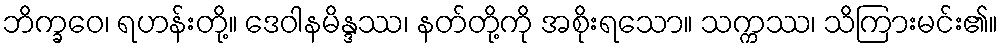
ဘိက္ခဝေ၊ ရဟန်းတို့။ ဒေဝါနမိန္ဒဿ၊ နတ်တို့ကို အစိုးရသော။ သက္ကဿ၊ သိကြားမင်း၏။